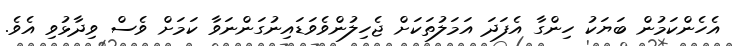
އެހެންކަމުން ބަޔަކު ހިންގާ އެފަދަ އަމަލުތަކަށް ޖެހިލުންވެވަޑައިނުގަންނަވާ ކަމަށް ވެސް ވިދާޅުވި އެވެ.